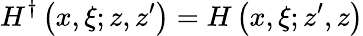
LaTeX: H^{\dagger}\left(x,\xi;z,z^{\prime}\right)=H\left(x,\xi;z^{\prime},z\right)